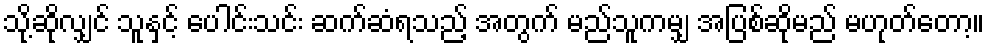
သို့ဆိုလျှင် သူနှင့် ပေါင်းသင်း ဆက်ဆံရသည့် အတွက် မည်သူကမျှ အပြစ်ဆိုမည် မဟုတ်တော့။